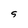
Character: S